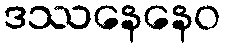
ဒဿနေနေဝ